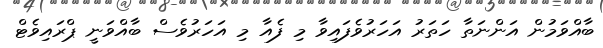
ބާއްވަމުން އަންނަތާ ހަތަރު އަހަރުވެފައިވާ މި ފެއާ މި އަހަރުވެސް ބާއްވަނީ ޕްރައިވެޓް